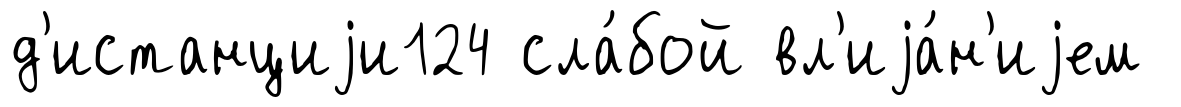
д'истанциjи124 сла́бой вл'иjа́н'иjем